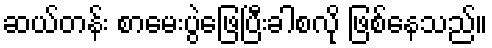
ဆယ်တန်း စာမေးပွဲဖြေပြီးခါစလို ဖြစ်နေသည်။